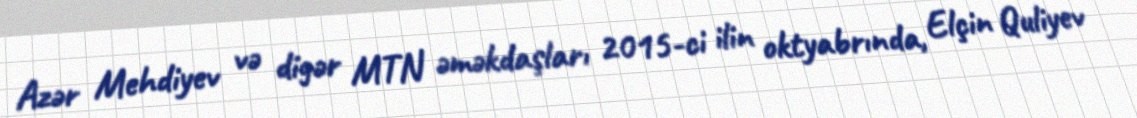
Azər Mehdiyev və digər MTN əməkdaşları 2015-ci ilin oktyabrında, Elçin Quliyev